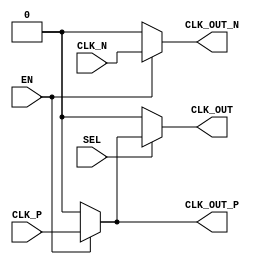
module differential_clock_buffer (
    input wire CLK_P,         // Positive differential clock input
    input wire CLK_N,         // Negative differential clock input
    input wire EN,            // Enable signal for the buffer operation
    input wire SEL,           // Select signal for single-ended output
    output reg CLK_OUT_P,     // Positive output clock signal
    output reg CLK_OUT_N,     // Negative output clock signal
    output reg CLK_OUT        // Optional single-ended output clock signal
);

// Internal signals for buffered clock
reg CLK_BUF_P;
reg CLK_BUF_N;

// Buffering logic
always @(*) begin
    if (EN) begin
        // Buffer the differential clock signals
        CLK_BUF_P = CLK_P; // Amplify positive clock
        CLK_BUF_N = CLK_N; // Amplify negative clock
    end else begin
        // Disable the buffer
        CLK_BUF_P = 1'b0;
        CLK_BUF_N = 1'b0;
    end
end

// Assign buffered signals to outputs
always @(*) begin
    CLK_OUT_P = CLK_BUF_P;
    CLK_OUT_N = CLK_BUF_N;

    // Generate single-ended output if SEL is high
    if (SEL) begin
        CLK_OUT = CLK_BUF_P; // Use positive clock for single-ended output
    end else begin
        CLK_OUT = 1'b0; // If not selected, keep single-ended output low
    end
end

endmodule